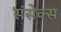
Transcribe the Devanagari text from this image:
संसेक्स